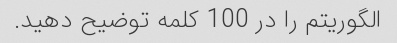
الگوریتم را در 100 کلمه توضیح دهید.